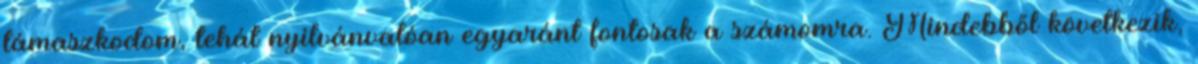
támaszkodom, tehát nyilvánvalóan egyaránt fontosak a számomra. Mindebből következik,